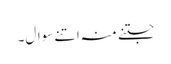
جتنے منہ اتنے سوال۔